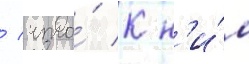
/ что́ к н'и́м